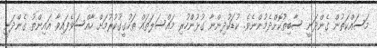
މަސައްކަތުން ގެންދަނީ ސާބިތުކޮށްދެމުންނެވެ. ކުޑަކުދިންނާ ގުޅުންހުރި މައްސަލަތައް ތަހުގީގުކުރުމަށް ހާއްސަވެފައިވާ އައިންތު ގެންދަނީ